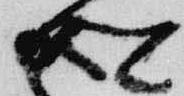
卿